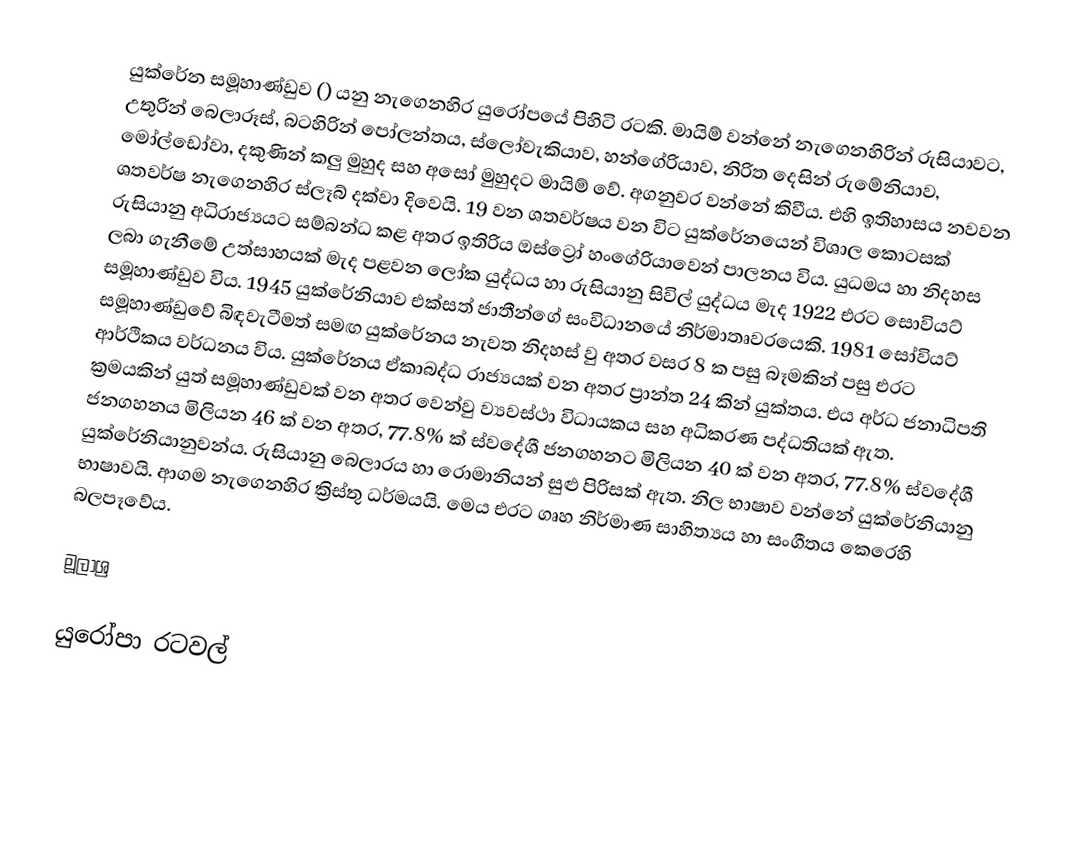
යුක්රේන සමූහාණ්ඩුව () යනු නැගෙනහිර යුරෝපයේ පිහිටි රටකි. මායිම් වන්නේ නැගෙනහිරින් රුසියාවට, උතුරින් බෙලාරූස්, බටහිරින් ‍පෝලන්තය, ස්ලෝවැකියාව, හන්ගේරියාව, නිරිත දෙසින් රුමේනියාව, මෝල්ඩෝවා, දකුණින් කලු මුහුද සහ අසෝ මුහුදට මායිම් ‍වේ. අගනුවර වන්නේ කිවීය. එහි ඉතිහාසය නවවන ශතවර්ෂ නැගෙනහිර ස්ලෑබ් දක්වා දිවෙයි. 19 වන ශතවර්ෂය වන විට යුක්රේනයෙන් විශාල  කොටසක් රුසියානු අධිරාජ්‍යයට සම්බන්ධ කළ අතර ඉතිරිය ඔස්ට්‍රෝ හංගේරියාවෙන් පාලනය විය. යුධමය හා නිදහස ලබා ගැනීමේ උත්සාහයක් මැද පළවන ලෝක යුද්ධය හා රුසියානු සිවිල් යුද්ධය මැද 1922 එරට සොවියට් සමූහාණ්ඩුව විය. 1945 යුක්රේනියාව එක්සත් ජාතීන්ගේ සංවිධානයේ නිර්මාතෘවරයෙකි. 1981 සෝවියට් සමූහාණ්ඩුවේ බිඳවැටීමත් සමඟ යුක්රේනය නැවත නිදහස් වු අතර වසර 8 ක පසු බෑමකින් පසු එරට ආර්ථිකය වර්ධනය විය. යුක්රේනය ඒකාබද්ධ රාජ්‍යයක් වන අතර ප්‍රාන්ත 24 කින් යුක්තය. එය අර්ධ ජනාධිපති ක්‍රමයකින් යුත් සමූහාණ්ඩුවක් වන අතර වෙන්වු ව්‍යවස්ථා විධායකය සහ අධිකරණ පද්ධතියක් ඇත. ජනගහනය මිලියන 46 ක් වන අතර, 77.8% ක් ස්වදේශී ජනගහනට මිලියන 40 ක් වන අතර, 77.8% ස්වදේශී යුක්රේනියානුවන්ය. රුසියානු බෙලාරය හා රොමානියන් සුළු පිරිසක් ඇත. නිල භාෂාව වන්නේ යුක්රේනියානු භාෂාවයි. ආගම නැගෙනහිර ක්‍රිස්තු ධර්මයයි. මෙය එරට ගෘහ නිර්මාණ සාහිත්‍යය හා සංගීතය කෙරෙහි බලපෑවේය.

මූලාශ්‍ර

යුරෝපා රටවල්